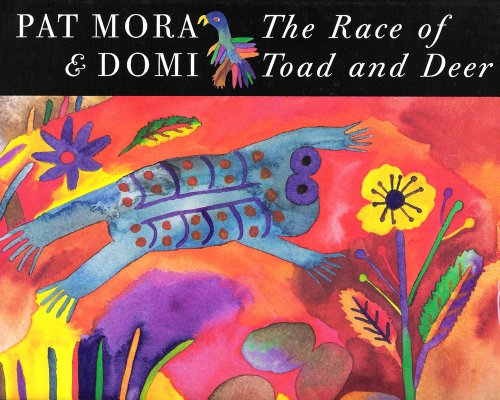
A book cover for The Race of Toad and Deer; Pat Mora; Children's Books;